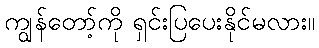
ကျွန်တော့်ကို ရှင်းပြပေးနိုင်မလား။